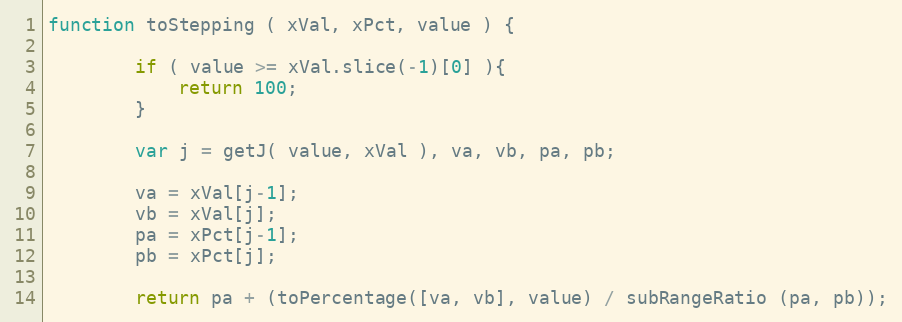
Language: JavaScript
function toStepping ( xVal, xPct, value ) {

        if ( value >= xVal.slice(-1)[0] ){
            return 100;
        }

        var j = getJ( value, xVal ), va, vb, pa, pb;

        va = xVal[j-1];
        vb = xVal[j];
        pa = xPct[j-1];
        pb = xPct[j];

        return pa + (toPercentage([va, vb], value) / subRangeRatio (pa, pb));